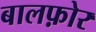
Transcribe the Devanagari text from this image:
बालफ़ोर